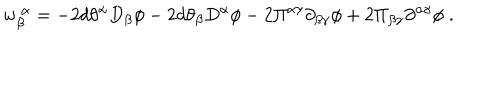
LaTeX: { w } _ { \beta } ^ { ~ \alpha } = - 2 d \theta ^ { \alpha } D _ { \beta } \phi - 2 d \theta _ { \beta } D ^ { \alpha } \phi - 2 \Pi ^ { \alpha \dot { \gamma } } \partial _ { \beta \dot { \gamma } } \phi + 2 \Pi _ { \beta \dot { \gamma } } \partial ^ { \alpha \dot { \gamma } } \phi \; .